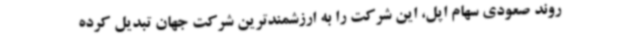
روند صعودی سهام اپل، این شرکت را به ارزشمندترین شرکت جهان تبدیل کرده